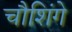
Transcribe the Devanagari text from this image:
चौशिंगे